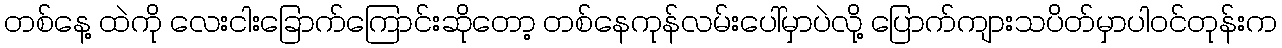
တစ်နေ့ ထဲကို လေးငါးခြောက်ကြောင်းဆိုတော့ တစ်နေကုန်လမ်းပေါ်မှာပဲလို့ ပြောက်ကျားသပိတ်မှာပါဝင်တုန်းက